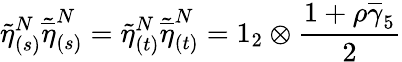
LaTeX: \widetilde{\eta}_{(s)}^{N}\widetilde{\overline{{{\eta}}}}_{(s)}^{N}=\widetilde{\eta}_{(t)}^{N}\widetilde{\overline{{{\eta}}}}_{(t)}^{N}=1_{2}\otimes\frac{1+\rho\overline{{{\gamma}}}_{5}}{2}